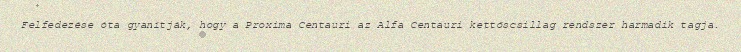
Felfedezése óta gyanítják, hogy a Proxima Centauri az Alfa Centauri kettőscsillag rendszer harmadik tagja.